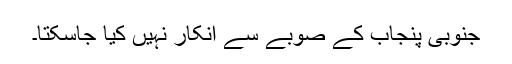
جنوبی پنجاب کے صوبے سے انکار نہیں کیا جاسکتا۔